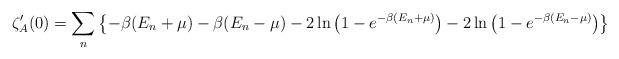
LaTeX: \begin{align*}\zeta'_A(0)=\sum_n\left\{-\beta(E_n+\mu)-\beta(E_n-\mu)-2\ln\left(1-e^{-\beta(E_n+\mu)}\right)-2\ln\left(1-e^{-\beta(E_n-\mu)}\right)\right\}\end{align*}